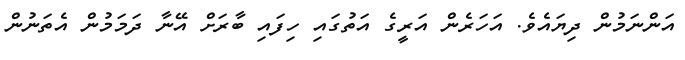
އަންނަމުން ދިޔައެވެ. އަހަރެން އަރީގެ އަތުގައި ހިފައި ބާރަށް އޭނާ ދަމަމުން އެތަނުން